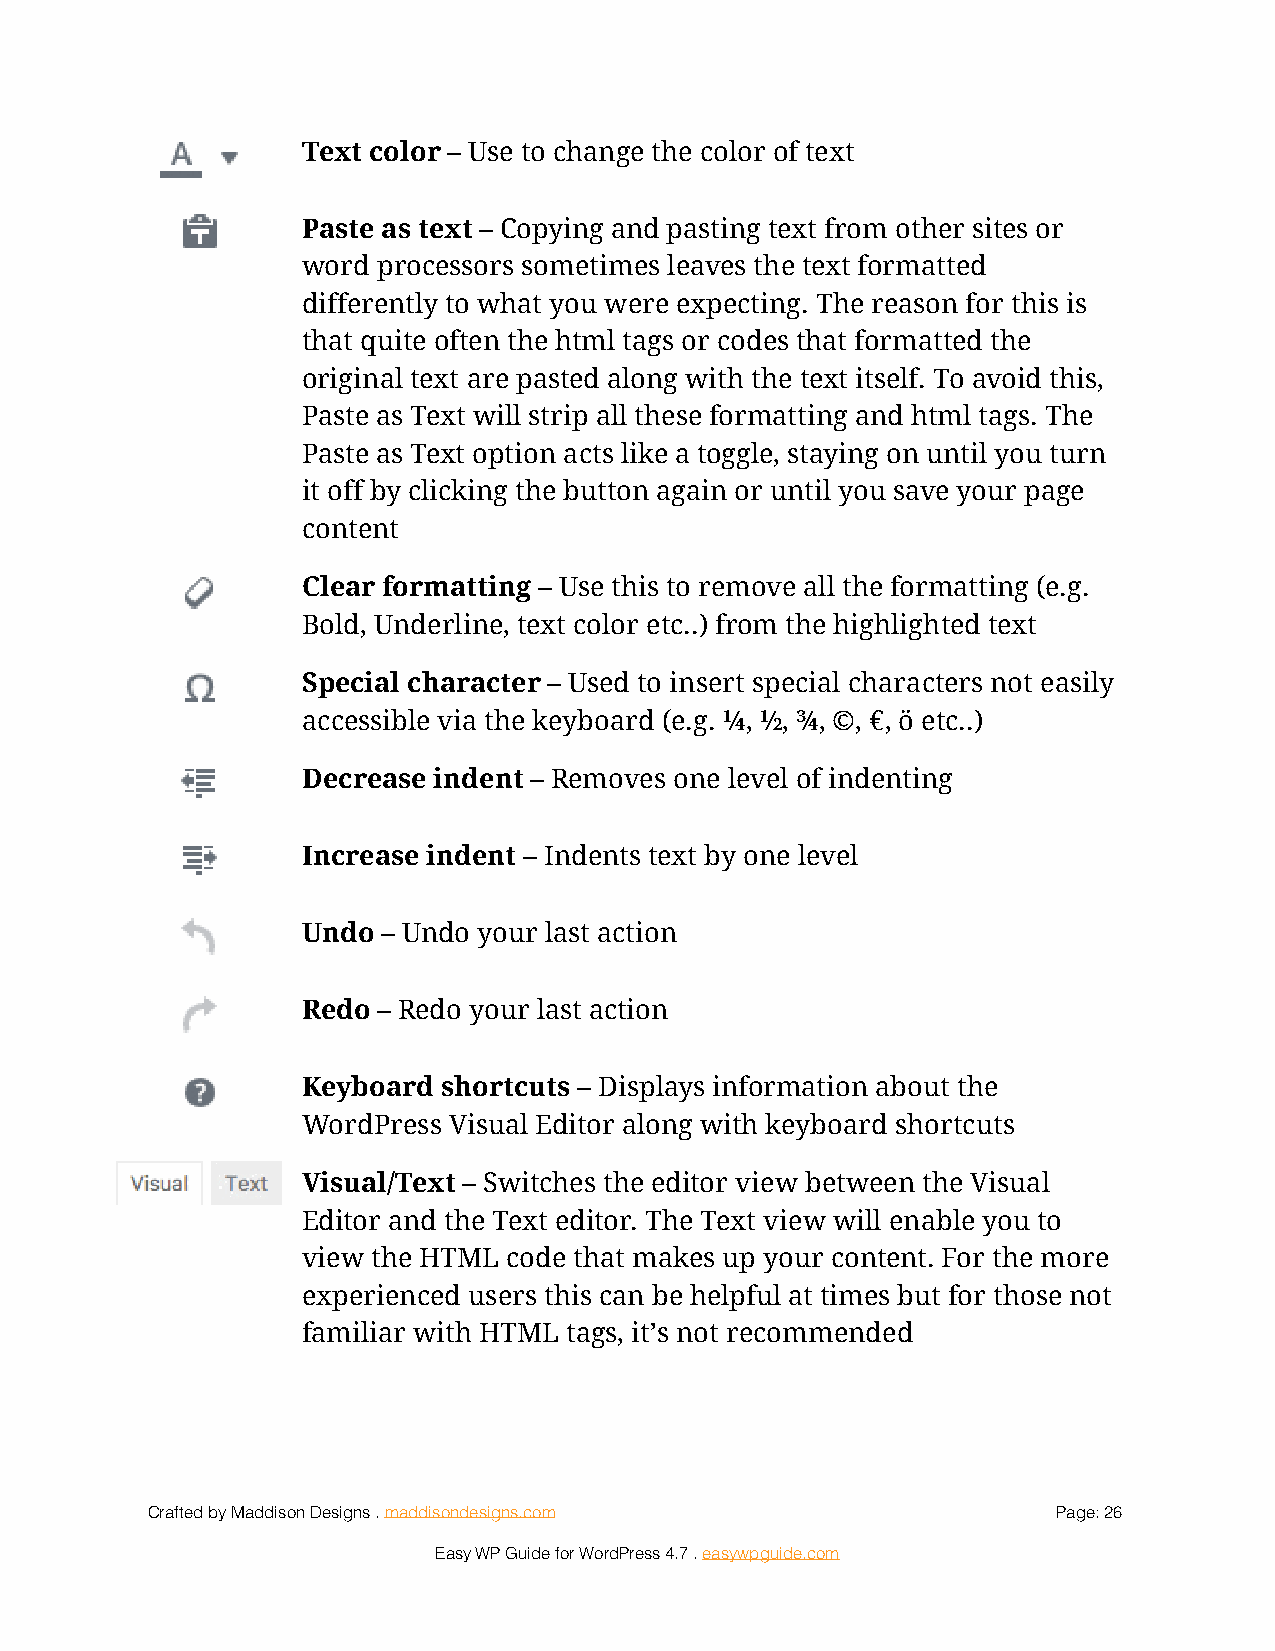
Text color – Use to change the color of text
 !
 Paste as text – Copying and pasting text from other sites or
 !
 word processors sometimes leaves the text formatted
 differently to what you were expecting. The reason for this is
 that quite often the html tags or codes that formatted the
 original text are pasted along with the text itself. To avoid this,
 Paste as Text will strip all these formatting and html tags. The
 Paste as Text option acts like a toggle, staying on until you turn
 it off by clicking the button again or until you save your page
 content
 Clear formatting – Use this to remove all the formatting (e.g.
 !
 Bold, Underline, text color etc..) from the highlighted text
 Special character – Used to insert special characters not easily
 !
 accessible via the keyboard (e.g. ¼, ½, ¾, ©, €, ö etc..)
 Decrease indent – Removes one level of indenting
 !
 Increase indent – Indents text by one level
 !
 Undo – Undo your last action
 !
 Redo – Redo your last action
 !
 Keyboard shortcuts – Displays information about the
 !
 WordPress Visual Editor along with keyboard shortcuts
 Visual/Text – Switches the editor view between the Visual
 !
 Editor and the Text editor. The Text view will enable you to
 view the HTML code that makes up your content. For the more
 experienced users this can be helpful at times but for those not
 familiar with HTML tags, it’s not recommended
 Crafted by Maddison Designs . maddisondesigns.com           Page: 2 6
 Easy WP Guide for WordPress 4.7 . easywpguide.com